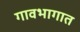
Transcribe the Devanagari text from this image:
गावभागात